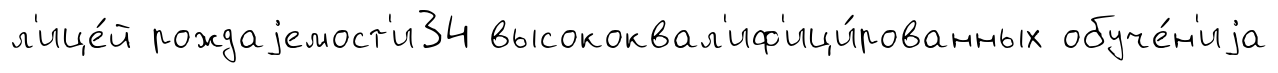
л'ице́й рождаjемост'и34 высококвал'иф'ици́рованных обуче́н'иjа